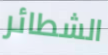
الشطائر